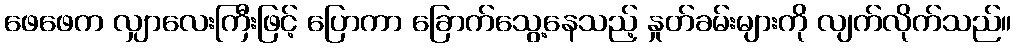
ဖေဖေက လျှာလေးကြီးဖြင့် ပြောကာ ခြောက်သွေ့နေသည့် နှုတ်ခမ်းများကို လျက်လိုက်သည်။